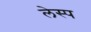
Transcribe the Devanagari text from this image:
लेस्प